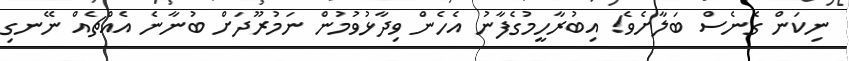
ނިކަން ގެނެސް ބަލާށެވެ! އިބުރާހީމުގެފާނު އެހެން ވިދާޅުވުމުން ނަމުރޫދަށް ބުނާނެ އެއްޗެއް ނޭނގި